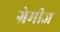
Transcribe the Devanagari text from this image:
ग्रेमीज